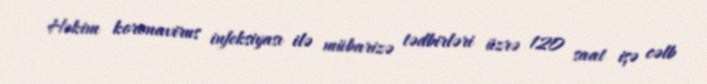
Həkim koronavirus infeksiyası ilə mübarizə tədbirləri üzrə 120 saat işə cəlb